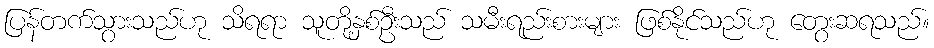
ပြန်တက်သွားသည်ဟု သိရရာ သူတို့နှစ်ဦးသည် သမီးရည်းစားများ ဖြစ်နိုင်သည်ဟု တွေးဆရသည်။